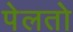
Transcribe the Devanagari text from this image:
पेलतो